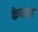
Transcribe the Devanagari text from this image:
केपास